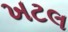
ખટલ